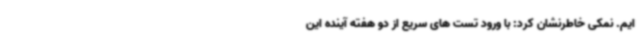
ایم. نمکی خاطرنشان کرد: با ورود تست های سریع از دو هفته آینده این